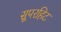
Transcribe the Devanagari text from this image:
सूपरहिट